Document type: Sale
Year: 1354
Scribe: Bernat de Torre
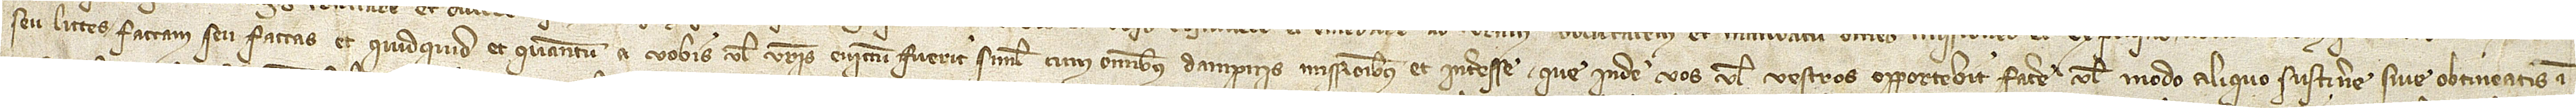
seu littes factam seu factas, et quidquid et quantum a vobis vel vestris evictum fuerit simul cum omnibus dampnis, missionibus et interesse que inde vos vel vestros opportebit facere vel modo aliquo sustinere sive obtineatis in